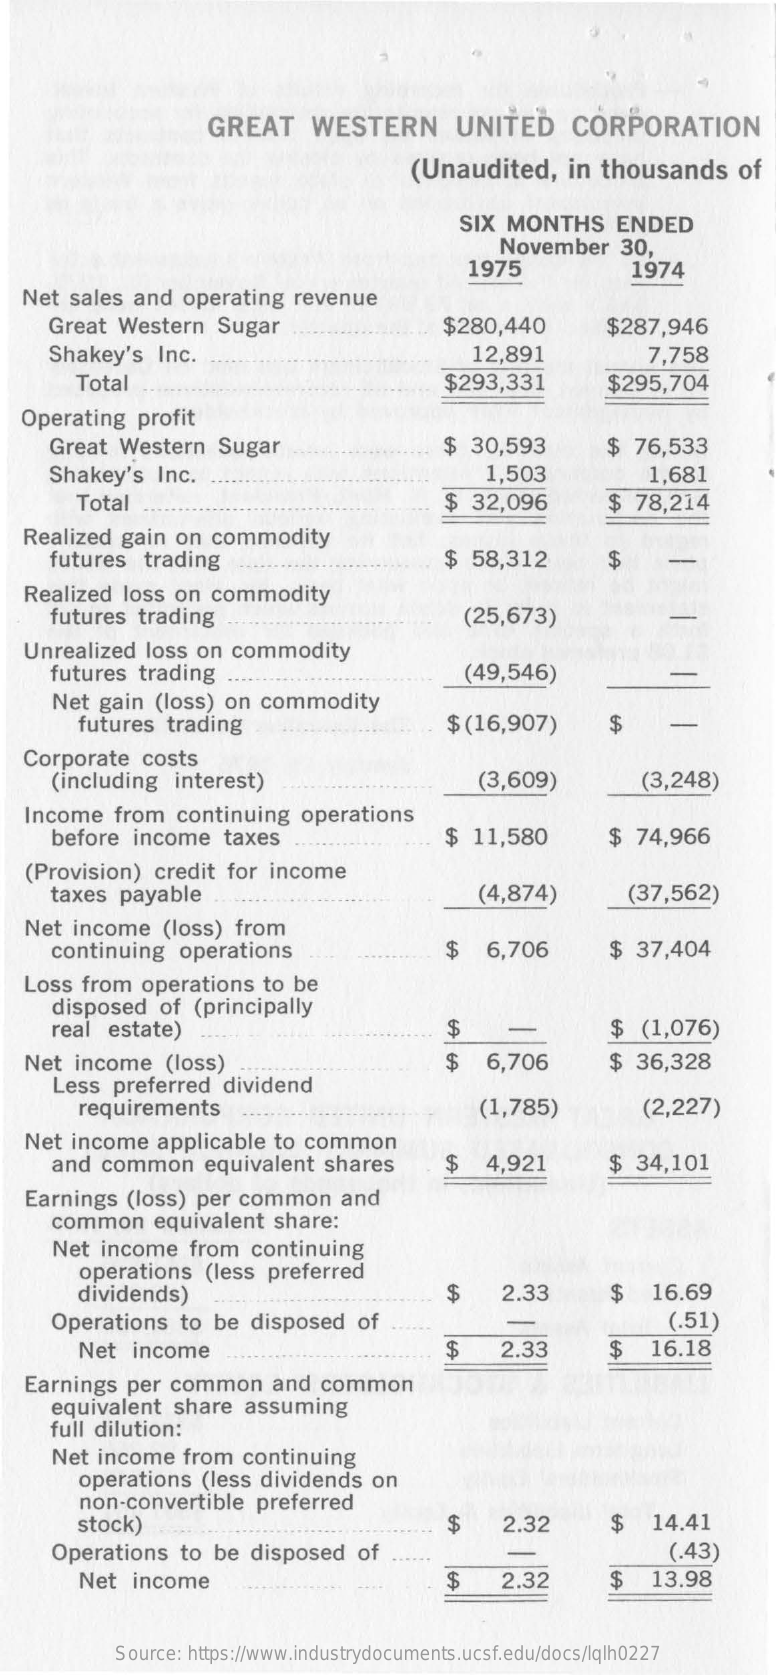
GREAT    WESTERN    UNITED    CORPORATION
     (Unaudited,    in thousands    of
     SIX  MONTHS    ENDED
     November    30,
     1975    1974
  Net  sales  and  operating   revenue
     Great  Western    Sugar    $280,440    $287,946
     Shakey's   Inc.    12,891    7,758
     Total    $293,331    $295,704
  Operating   profit
     Great  Western    Sugar    $  30,593    $  76,533
     Shakey's   Inc.    1,503    1,681
     Total    $  32,096    $ 78,214
  Realized  gain  on  commodity
     futures   trading    $  58,312    $
  Realized   loss on  commodity
     futures  trading    (25,673)
  Unrealized   loss  on commodity
     futures  trading    (49,546)
     Net  gain  (loss)  on  commodity
     futures   trading    $ (16,907)    $
  Corporate    costs
     (including   interest)    (3,609)    (3,248)
  Income    from  continuing    operations
     before   income   taxes    $  11,580    $ 74,966
   (Provision)  credit  for income
     taxes  payable    (4,874)    (37,562)
  Net  income    (loss)  from
     continuing    operations    $   6,706    $ 37,404
  Loss  from   operations   to be
     disposed    of (principally
     real  estate)    $    $  (1,076)
  Net  income    (loss)    $   6,706    $ 36,328
     Less  preferred    dividend
     requirements    (1,785)    (2,227)
  Net  income    applicable  to common
     and  common    equivalent  shares    $   4,921    $ 34,101
  Earnings   (loss)  per common    and
     common    equivalent   share:
     Net  income    from  continuing
     operations    (less preferred
     dividends)    $    2.33    $   16.69
     Operations    to  be disposed    of    (.51)
     Net   income    $    2.33    $    16.18
  Earnings   per  common    and  common
     equivalent   share   assuming
     full dilution:
     Net  income   from   continuing
     operations   (less  dividends   on
     non-convertible    preferred
     stock)    $    2.32    $   14.41
     Operations    to  be disposed    of    (.43)
     Net   income    $    2.32    $   13.98
     Source: https://www.industrydocuments.ucsf.edu/docs/lqlh0227